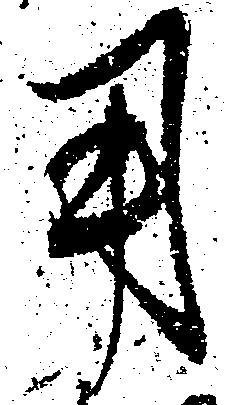
用